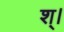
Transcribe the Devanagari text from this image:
श्।